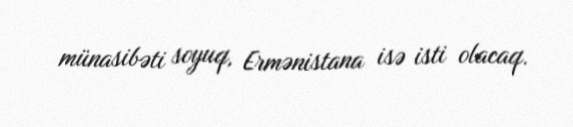
münasibəti soyuq, Ermənistana isə isti olacaq.